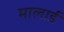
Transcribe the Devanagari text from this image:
मालार्ड